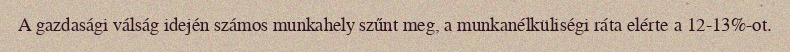
A gazdasági válság idején számos munkahely szűnt meg, a munkanélküliségi ráta elérte a 12-13%-ot.